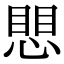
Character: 愳